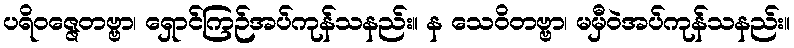
ပရိဝဇ္ဇေတဗ္ဗာ၊ ရှောင်ကြဉ်အပ်ကုန်သနည်း။ န သေဝိတဗ္ဗာ၊ မမှီဝဲအပ်ကုန်သနည်း။